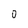
Character: 0